Indian journal of veterinary science and animal husbandry - Volumes 15-17, 1948-1951
Year: 1948
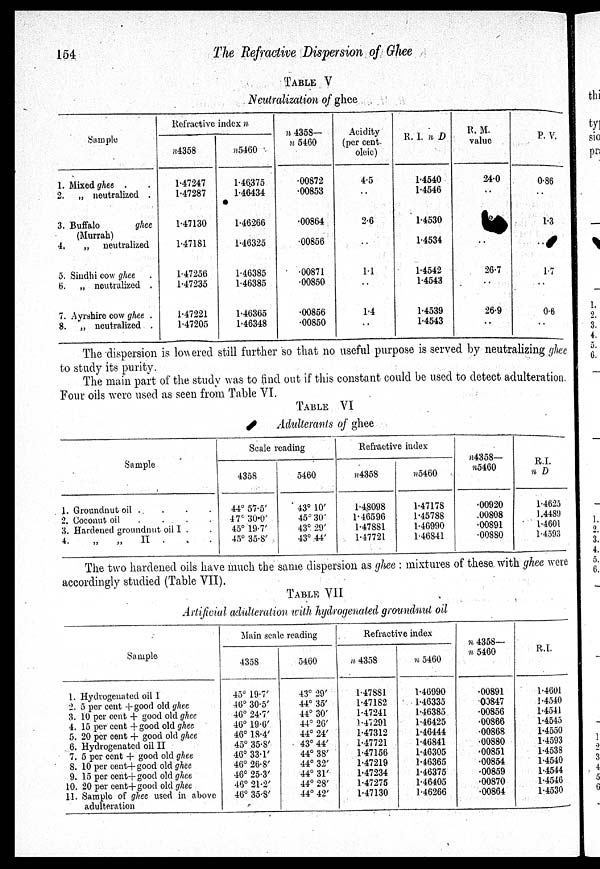
154
The Refractive Dispersion of Ghee
TABLE V
Neutralization of ghee
Sample
1. Mixed ghee . .
2. „ neutralized .
3. Buffalo
ghee
(Murrah)
4.
„ neutralized
5. Sindhi cow ghee .
6. „ neutralized .
7. Ayrshire cow ghee .
8. „ neutralized .
Refractive index n
n4358
1.47247
1.47287
1.47130
1.47181
1.47256
1.47235
1.47221
1.47205
n5460
1.46375
1.46434
1.46266
1.46325
1.46385
1.46385
1.46365
1.46348
n 4358—
n 5460
.00872
.00853
.00864
.00856
.00871
.00850
.00856
.00850
Acidity
(per cent.
oleic)
4.5
. .
2.6
1.1
. .
1.4
. .
R. I. n D
1.4540
1.4546
1.4530
1.4534
1.4542
1.4543
1.4539
1.4543
R. M.
value
24.0
. .
. .
26.7
. .
26.9
..
P. V.
0.86
. .
1.3
. .
1.7
. .
0.6
. .
The dispersion is lowered still further so that no useful purpose is served by neutralizing ghee
to study its purity.
The main part of the study was to find out if this constant could be used to detect adulteration.
Four oils were used as seen from Table VI.
TABLE VI
Adulterants of ghee
Sample
1. Groundnut oil . . . . . . .
2. Coconut oil . . . . . . . . . . ..
3. Hardened groundnut oil I . . . . .
4.
„
„
II .
.
.
Scale reading
4358
44° 57.5'
47° 30.0'
45° 19.7'
45° 35.8'
5460
43° 10'
45° 30'
43° 29'
43° 44'
Refractive index
n4358
1.48098
1.46596
1.47881
1.47721
n5460
1.47178
1.45788
1.46990
1.46841
n4358—
n5460
.00920
.00808
.00891
.00880
R.I.
n D
1.4625
1.4489
1.4601
1.4593
The two hardened oils have much the same dispersion as ghee : mixtures of these with ghee were
accordingly studied (Table VII).
TABLE VII
Artificial adulteration with hydrogenated groundnut oil
Sample
1. Hydrogenated oil I
2. 5 per cent + good old ghee
3. 10 per cent + good old ghee
4. 15 per cent + good old ghee
5. 20 per cent + good old ghee
6. Hydrogenated oil II
7. 5 per cent + good old ghee
8. 10 per cent+good old ghee
9. 15 per cent+good old ghee
10. 20 per cent+good old ghee
11. Sample of ghee used in above
adulteration
Main scale reading
4358
45° 19.7'
46° 30.5'
46° 24.7'
46° 19.6'
46° 18.4'
45° 35.8'
46° 33.1'
46° 26.8'
46° 25.3'
46° 21.2'
46° 35.8'
5460
43° 29'
44° 35'
44° 30'
44° 26'
44° 24'
43° 44'
44° 38'
44° 32'
44° 31'
44° 28'
44° 42'
Refractive index
n 4358
1.47881
1.47182
1.47241
1.47291
1.47312
1.47721
1.47156
1.47219
1.47234
1.47275
1.47130
n5460
1.46990
1.46335
1.46385
1.46425
1.46444
1.46841
1.46305
1.46365
1.46375
1.46405
1.46266
n 4358—
n 5460
.00891
.00847
.00856
.00866
.00868
.00880
.00851
.00854
.00859
.00870
.00864
R.I.
1.4601
1.4540
1.4541
1.4545
1.4550
1.4593
1.4538
1.4540
1.4544
1.4546
1.4530